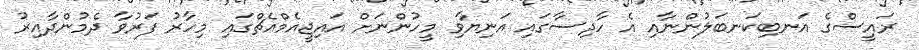
ރައީސްގެ އަނބިކަނބަލުންނާއި އެ ހާދިސާގައި އަނިޔާވި މީހުންނަށް އައިޖީއެމްއެޗްގައި މިހާރު ފަރުވާ ދެމުންދާއިރު